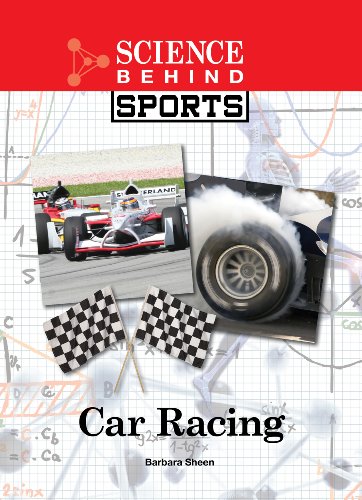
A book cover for Car Racing (Science Behind Sports); Barbara Sheen Busby; Teen & Young Adult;